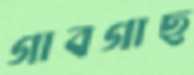
গাবগাছ